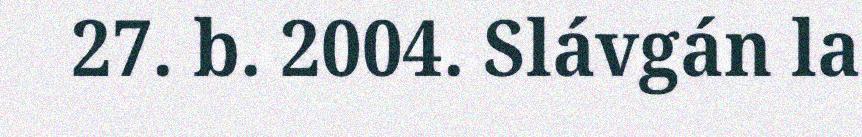
27. b. 2004. Slávgán la